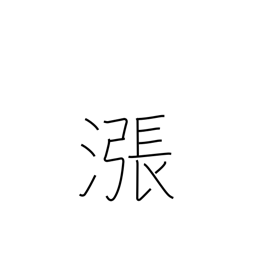
Meaning: overflow